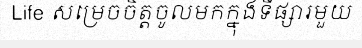
Life សម្រេចចិត្តចូលមកក្នុងទីផ្សារមួយ